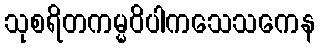
သုစရိတကမ္မဝိပါကသေသကေန